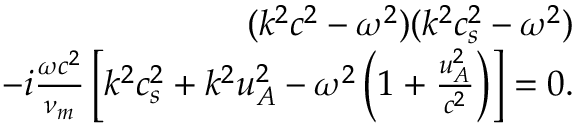
\begin{array} { r } { ( k ^ { 2 } c ^ { 2 } - \omega ^ { 2 } ) ( k ^ { 2 } c _ { s } ^ { 2 } - \omega ^ { 2 } ) } \\ { - i \frac { \omega c ^ { 2 } } { \nu _ { m } } \left[ k ^ { 2 } c _ { s } ^ { 2 } + k ^ { 2 } u _ { A } ^ { 2 } - \omega ^ { 2 } \left( 1 + \frac { u _ { A } ^ { 2 } } { c ^ { 2 } } \right) \right] = 0 . } \end{array}